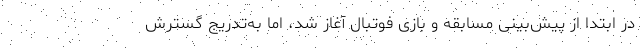
در ابتدا از پیش‌بینی مسابقه و بازی فوتبال آغاز شد، اما به‌تدریج گسترش